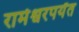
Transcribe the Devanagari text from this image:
रामेश्वरपर्यंत